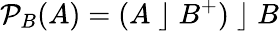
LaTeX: {\mathcal{P}}_{B}(A)=(A\; \rfloor\; B^{+})\; \rfloor\; B